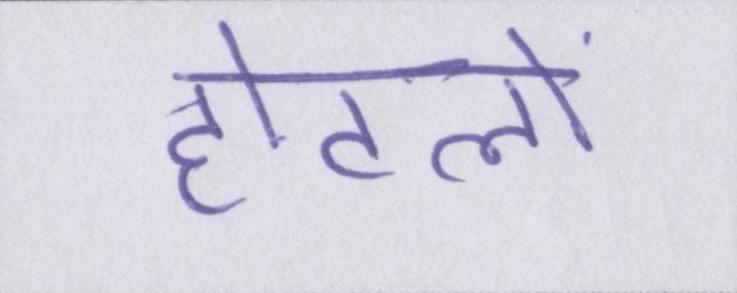
होटलों